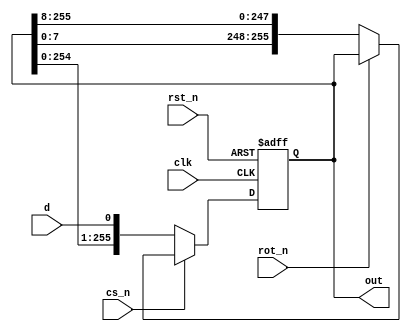
module s_p_shift_reg #(parameter LENGTH=256, parameter ROT_LEN = 8) (input d,
                                          input clk,
                                          input rst_n,
                                          input cs_n,
                                          input rot_n,
                                          output reg [LENGTH-1:0] out);
                                                      
  always @(posedge clk or negedge rst_n)
    begin
      if(!rst_n)
        out <= {LENGTH{1'b0}};
      else if (!cs_n)
        out <= {out[LENGTH-2:0], d};
      else if (!rot_n)
        out <= {out[ROT_LEN -1:0], out[LENGTH -1:ROT_LEN]};
      else 
        out <= out;
    end
  
endmodule

module lut #(parameter IN_WIDTH=4, parameter OUT_WIDTH=4) (input [IN_WIDTH-1:0] sel,
                                                           input [2**(IN_WIDTH)*OUT_WIDTH-1:0] in,
                                                           output [OUT_WIDTH-1:0] out);
 
 
  
  wire [OUT_WIDTH-1:0] chunked_in [2**IN_WIDTH-1:0];
  
  genvar i;
  
  generate
    for (i = 0; i < 2**IN_WIDTH; i = i+1) begin
      assign chunked_in[i] = in[(i+1) * OUT_WIDTH - 1 -: OUT_WIDTH];
    end
  endgenerate	     
  
  assign out = chunked_in[sel];
  
endmodule

module serial_load_lut #(parameter IN_WIDTH=4, parameter OUT_WIDTH=4, parameter ROT_LEN=8) (
  input d, input clk, input rst_n, input cs_n, input rot_n, input [IN_WIDTH-1:0] sel, output [OUT_WIDTH-1:0] out);
  
  wire [2**(IN_WIDTH)*OUT_WIDTH-1:0] parallel_table;
  
  s_p_shift_reg #(2**(IN_WIDTH)*OUT_WIDTH, ROT_LEN) p_s_shift_reg(.d(d),.clk(clk),.rst_n(rst_n),.cs_n(cs_n),
                                                                  .rot_n(rot_n), .out(parallel_table));
  
  lut #(IN_WIDTH, OUT_WIDTH) lut(.sel(sel), .in(parallel_table), .out(out));
  
  
endmodule

module user_module_1f985e14df1ed789231bb6e0189d6e39(
  input [7:0] io_in,
  output [7:0] io_out
);

  serial_load_lut #(2, 8) lut(.d(io_in[0]), .clk(io_in[1]), .rst_n(io_in[2]), .cs_n(io_in[3]), 
                              .rot_n(io_in[6]), .sel(io_in[5:4]), .out(io_out[7:0]));
  
  //assign io_out[7:3] = 0;
  
endmodule